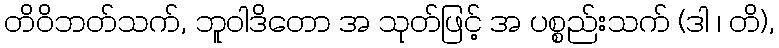
တိဝိဘတ်သက်, ဘူဝါဒိတော အ သုတ်ဖြင့် အ ပစ္စည်းသက် (ဒါ ၊ တိ),